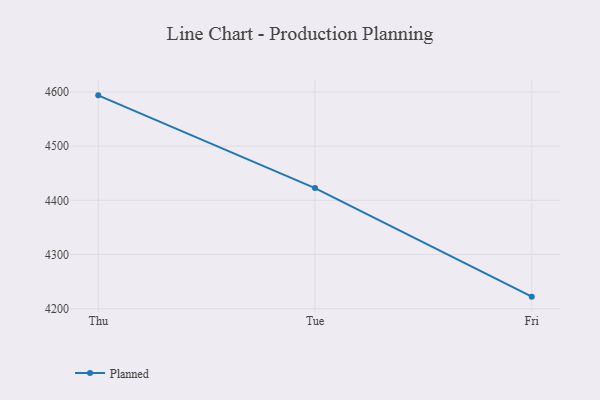
{"axis": {"x": "Day", "y": "Revenue (USD Million)"}, "legend": ["Planned"], "data": [{"x": "Thu", "y": 4593.8, "type": "Planned"}, {"x": "Tue", "y": 4422.6, "type": "Planned"}, {"x": "Fri", "y": 4222.2, "type": "Planned"}]}